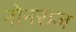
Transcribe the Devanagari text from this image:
नोनराज